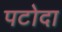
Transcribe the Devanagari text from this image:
पटोदा